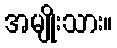
အမျိုးသား။